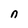
Character: n